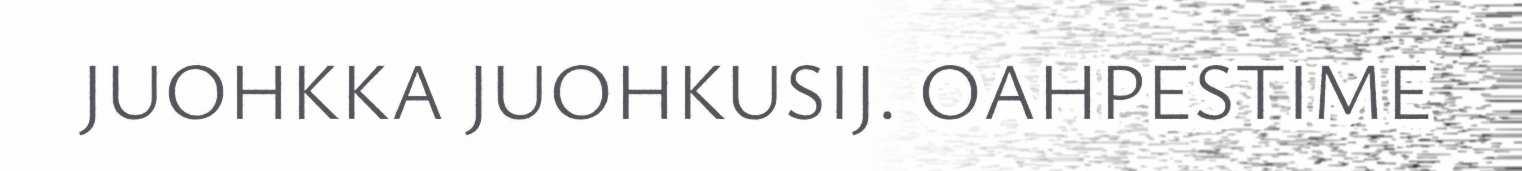
JUOHKKA JUOHKUSIJ. OAHPESTIME